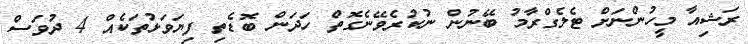
ރަޝިއާ މީހުންނަށް ޓެލެގްރާމު ބޭނުން ނުކުރެވޭނެގޮތް ހަދަން ބޮޑެތި ފިޔަވަޅުތަކެއް 4 ދުވަސް